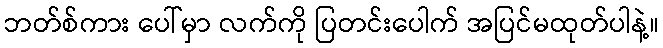
ဘတ်စ်ကား ပေါ်မှာ လက်ကို ပြတင်းပေါက် အပြင်မထုတ်ပါနဲ့။